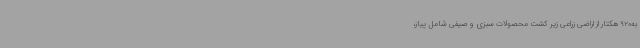
به920 هکتار از اراضی زراعی زیر کشت محصولات سبزی و صیفی شامل پیاز،